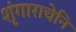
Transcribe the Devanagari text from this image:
शृंगाराचेनि